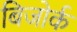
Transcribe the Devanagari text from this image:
बिजोर्क